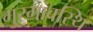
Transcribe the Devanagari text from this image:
गुरगांवस्थि